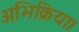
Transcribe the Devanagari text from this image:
अभिक्रिया।